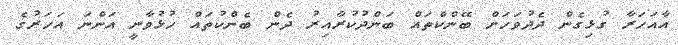
އާއަހަރާ ގުޅިގެން ދެދުވަހަށް ބޭންކްތައް ބަންދުކުރާއިރު ދެން ބެންކުތައް ހުޅުވާނީ އަންނަ އަހަރުގެ